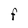
Character: F